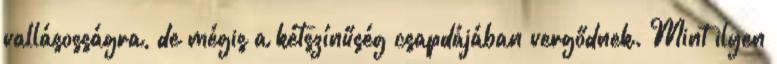
vallásosságra, de mégis a kétszínűség csapdájában vergődnek. Mint ilyen